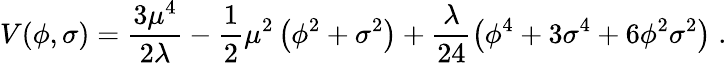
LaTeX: V(\phi,\sigma)=\frac{3\mu^{4}}{2\lambda}-\frac 12\mu^{2}\left(\phi^{2}+\sigma^{2}\right)+\frac{\lambda}{24}\left(\phi^{4}+3\sigma^{4}+6\phi^{2}\sigma^{2}\right)\; .